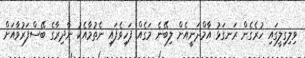
ވިލިގިލީގައި ހުރެގެން ރަނގަޅު އާމްދަނީއެށް ލިބޭނެ މަގެއް ފަހިވެފައި ނެތުމާއެކު ނާދިރާގެ ބޭސްފަރުވާއަށް